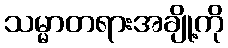
သမ္မာတရားအချို့ကို